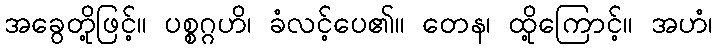
အခွေတို့ဖြင့်။ ပစ္စဂ္ဂဟိ၊ ခံလင့်ပေ၏။ တေန၊ ထို့ကြောင့်။ အဟံ၊